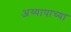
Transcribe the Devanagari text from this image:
अय्यापाच्या